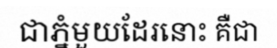
ជាភ្នំមួយដែរនោះ គឺជា